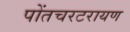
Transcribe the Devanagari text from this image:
पोंतचरटरायण